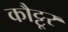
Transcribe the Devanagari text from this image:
कौट्टूर